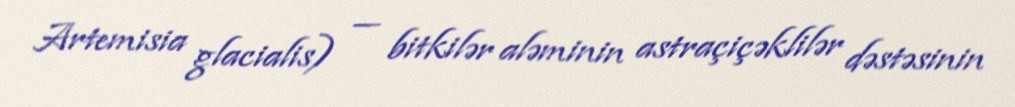
Artemisia glacialis) — bitkilər aləminin astraçiçəklilər dəstəsinin